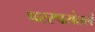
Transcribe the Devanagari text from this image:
परस्परांतलं